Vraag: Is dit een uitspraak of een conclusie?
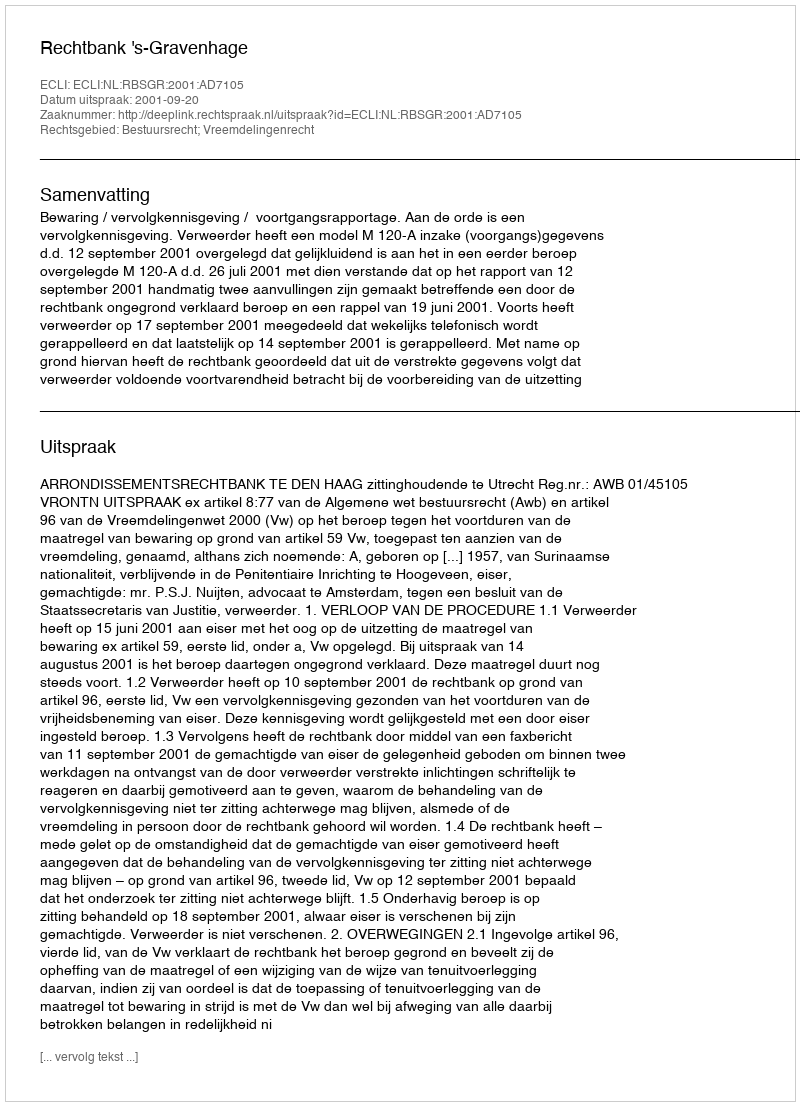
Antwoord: Uitspraak